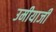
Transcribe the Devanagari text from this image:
उमीयाजी